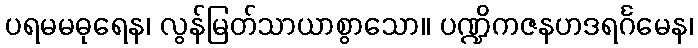
ပရမမဓုရေန၊ လွန်မြတ်သာယာစွာသော။ ပဏ္ဍိကဇနဟဒရင်္ဂမေန၊